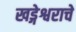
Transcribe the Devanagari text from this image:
खड्गेश्वराचे